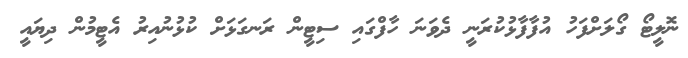
ނޮލީޓޯ ގޯލަށްފަހު އުފާފާޅުކުރަނީ ދެވަނަ ހާފްގައި ސިޓީން ރަނގަޅަށް ކުޅުނުއިރު އެޓީމުން ދިޔައީ